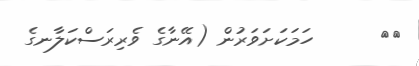
١٤      ހަމަކަށަވަރުން (އޭނާގެ ވެރިރަސްކަލާނގެ